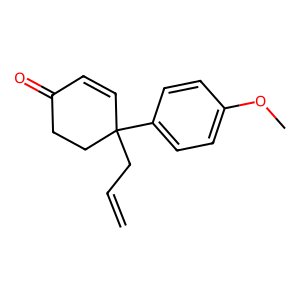
SMILES: C=CCC1(c2ccc(OC)cc2)C=CC(=O)CC1
Inhibits HIV replication: No